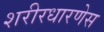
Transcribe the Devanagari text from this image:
शरीरधारणेस